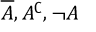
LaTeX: { \overline { { A } } } , A ^ { \complement } , \neg A